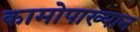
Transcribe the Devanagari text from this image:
कामोपाख्यान